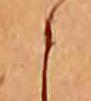
こ